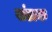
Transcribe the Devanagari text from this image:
खंडाक